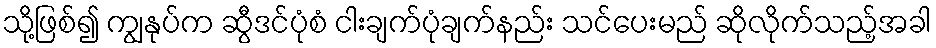
သို့ဖြစ်၍ ကျွနုပ်က ဆွီဒင်ပုံစံ ငါးချက်ပုံချက်နည်း သင်ပေးမည် ဆိုလိုက်သည့်အခါ